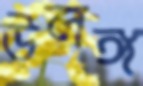
উলঙ্গ